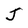
Character: J